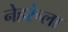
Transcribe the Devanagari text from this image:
नेहरूंला